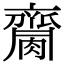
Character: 𪗌